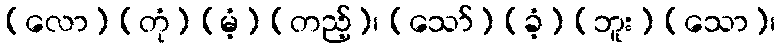
(လော) (တုံ) (မံ့) (တည့်)၊ (သော်) (ခံ့) (ဘူး) (သော)၊